Leaving Certificate Examination, 1911
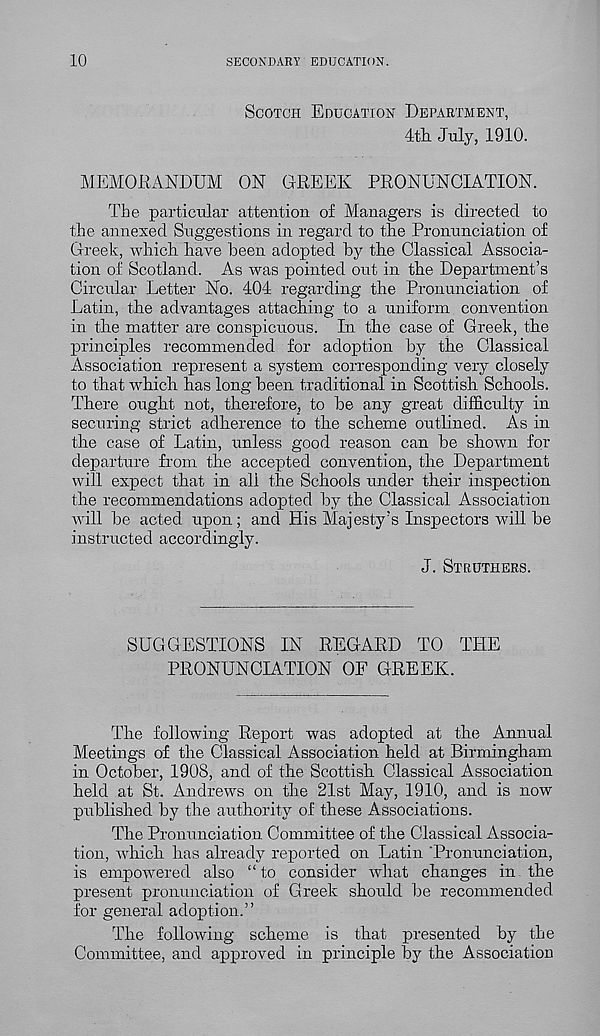
10
SECONDARY EDUCATION.
SCOTCH EDUCATION DEPARTMENT,
4th July, 1910.
MEMORANDUM ON GREEK PRONUNCIATION.
The particular attention of Managers is directed to
the annexed Suggestions in regard to the Pronunciation of
Greek, which have been adopted by the Classical Associa-
tion of Scotland. As was pointed out in the Department’s
Circular Letter No. 404 regarding the Pronunciation of
Latin, the advantages attaching to a uniform convention
in the matter are conspicuous. In the case of Greek, the
principles recommended for adoption by the Classical
Association represent a system corresponding very closely
to that which has long been traditional in Scottish Schools.
There ought not, therefore, to be any great difficulty in
securing strict adherence to the scheme outlined. As in
the case of Latin, unless good reason can be shown for
departure from the accepted convention, the Department
will expect that in all the Schools under their inspection
the recommendations adopted by the Classical Association
will be acted upon; and His Majesty’s Inspectors will be
instructed accordingly.
J. STROTHERS.
SUGGESTIONS IN REGARD TO THE
PRONUNCIATION OF GREEK.
The following Report was adopted at the Annual
Meetings of the Classical Association held at Birmingham
in October, 1908, and of the Scottish Classical Association
held at St. Andrews on the 21st May, 1910, and is now
published by the authority of these Associations.
The Pronunciation Committee of the Classical Associa-
tion, which has already reported on Latin 'Pronunciation,
is empowered also “to consider what changes in the
present pronunciation of Greek should be recommended
for general adoption.”
The following scheme is that presented by the
Committee, and approved in principle by the Association